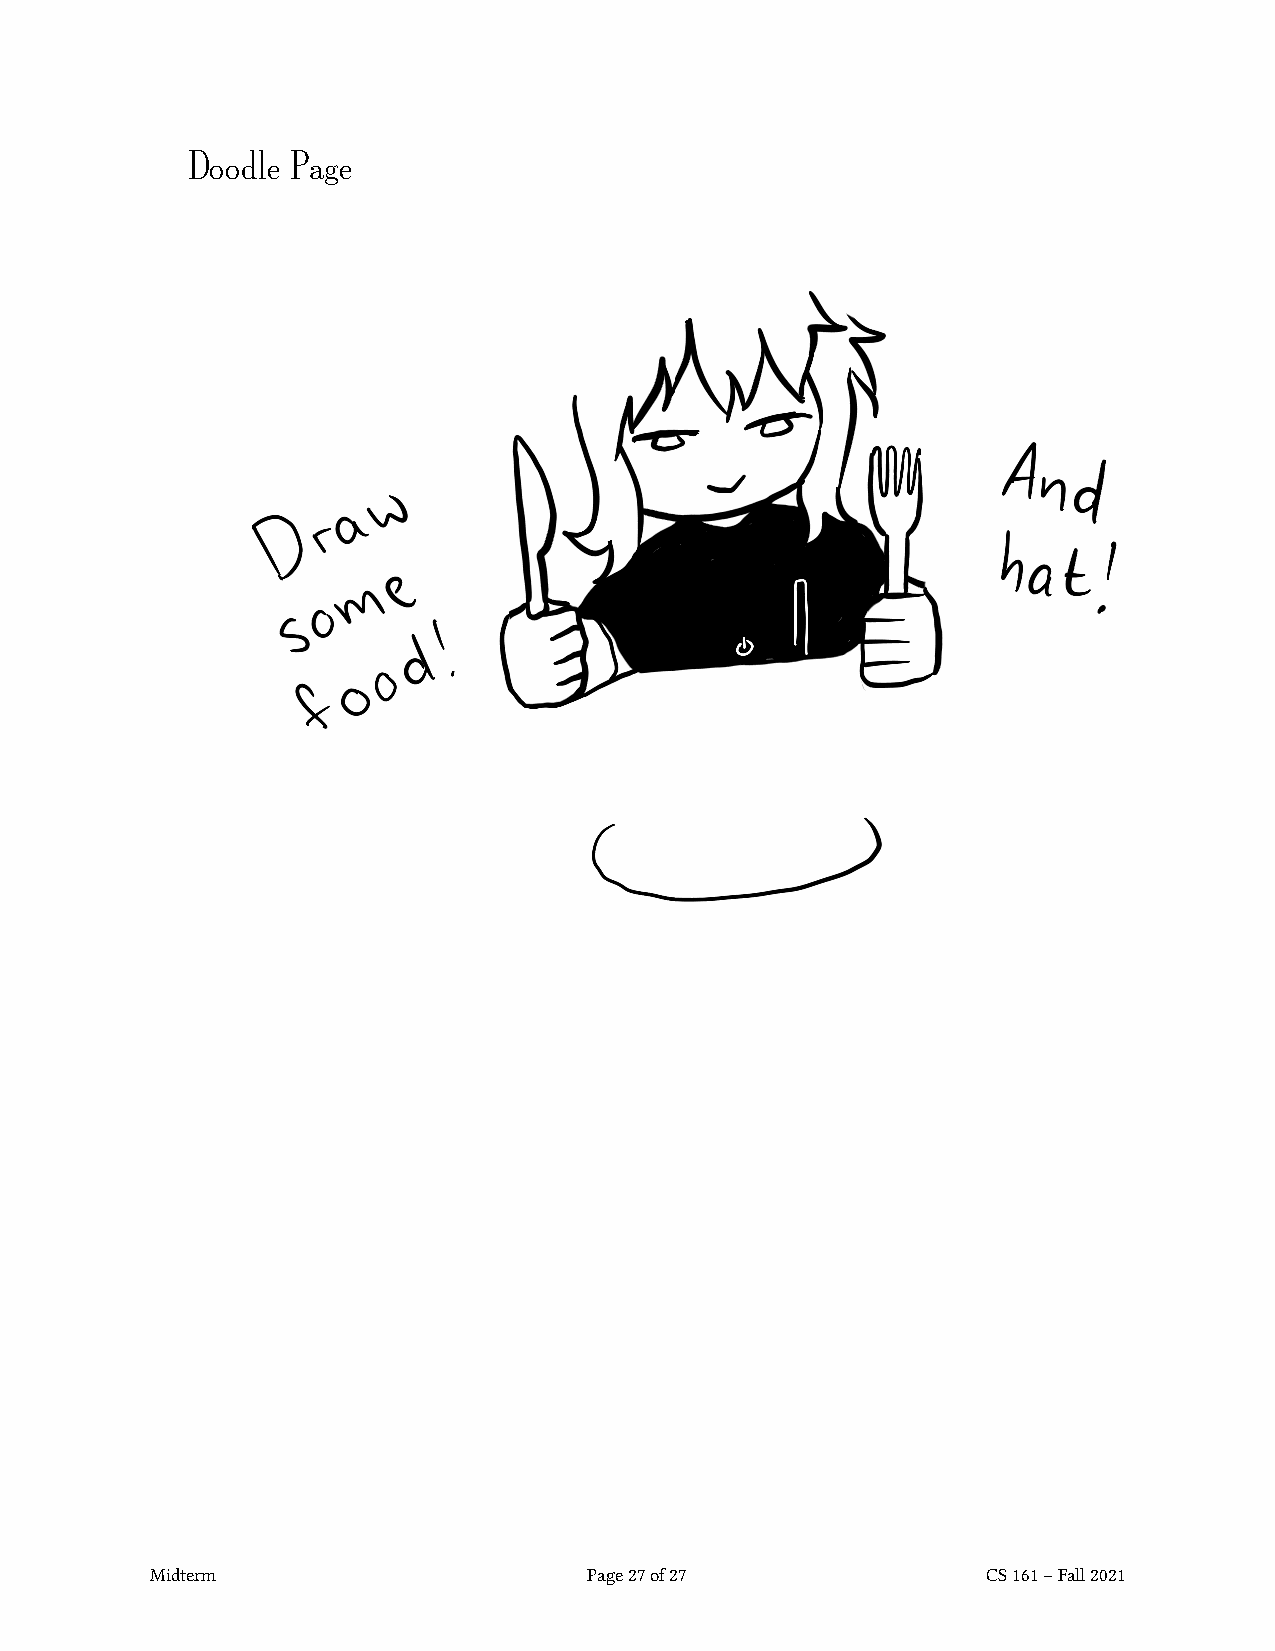
Doodle Page
 Midterm                      Page27of27                CS161–Fall2021